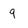
Character: g